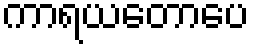
ကာရယတောပေ